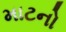
માટનો